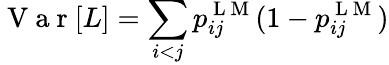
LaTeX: \mathrm{~V~a~r~}[L]=\sum_{i<j}p_{ij}^{\mathrm{~L~M~}}(1-p_{ij}^{\mathrm{~L~M~}})